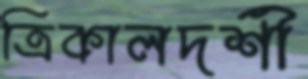
ত্রিকালদর্শী